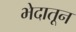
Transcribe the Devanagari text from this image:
भेदातून